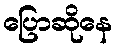
ပြောဆိုနေ